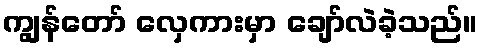
ကျွန်တော် လှေကားမှာ ချော်လဲခဲ့သည်။